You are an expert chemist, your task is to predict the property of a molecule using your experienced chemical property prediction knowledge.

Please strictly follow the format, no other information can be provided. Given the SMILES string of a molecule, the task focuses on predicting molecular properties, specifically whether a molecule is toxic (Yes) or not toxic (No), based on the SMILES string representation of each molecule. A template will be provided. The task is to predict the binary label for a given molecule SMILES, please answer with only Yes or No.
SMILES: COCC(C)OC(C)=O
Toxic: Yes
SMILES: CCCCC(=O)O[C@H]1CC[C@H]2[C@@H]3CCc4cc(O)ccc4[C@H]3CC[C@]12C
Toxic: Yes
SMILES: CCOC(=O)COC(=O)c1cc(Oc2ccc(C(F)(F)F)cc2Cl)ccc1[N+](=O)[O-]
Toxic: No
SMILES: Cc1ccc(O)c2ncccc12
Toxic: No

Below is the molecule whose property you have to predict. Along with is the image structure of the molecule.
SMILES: C[N+]1(CCC(C(N)=O)(c2ccccc2)c2ccccc2)CCCCC1
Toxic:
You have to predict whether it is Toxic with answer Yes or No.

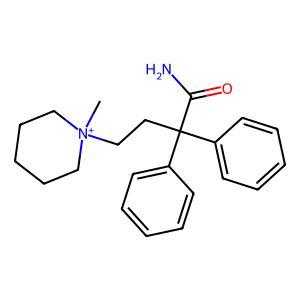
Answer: No